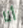
أنا